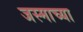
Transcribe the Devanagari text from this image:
जस्माच्या